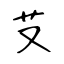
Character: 𦫿